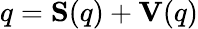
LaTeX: q=\mathbf{S}(q)+\mathbf{V}(q)